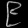
Digit: ၉